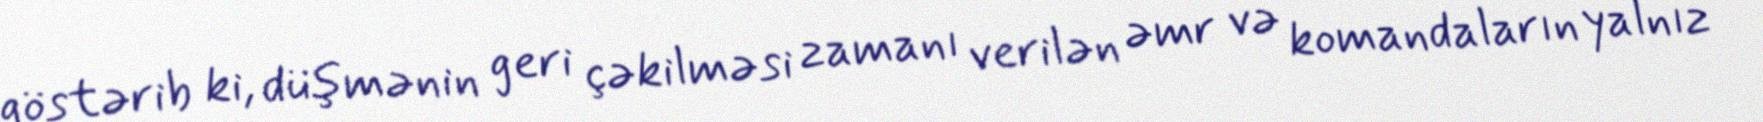
göstərib ki, düşmənin geri çəkilməsi zamanı verilən əmr və komandaların yalnız